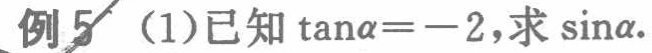
例5 (1)已知$\tan\alpha = - 2$，求$\sin\alpha$.